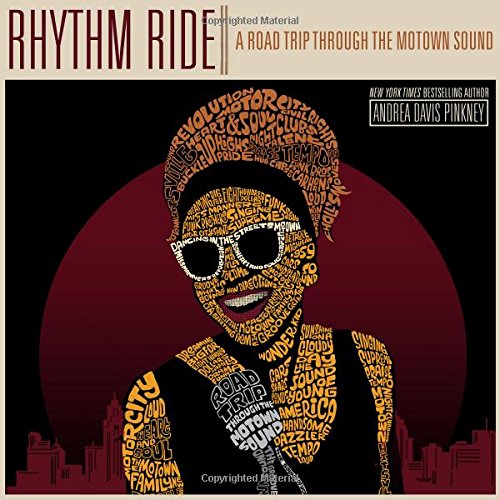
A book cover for Rhythm Ride: A Road Trip Through the Motown Sound; Andrea Davis Pinkney; Children's Books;